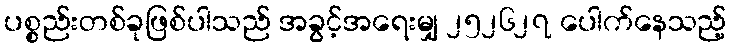
ပစ္စည်းတစ်ခုဖြစ်ပါသည် အခွင့်အရေးမျှ ၂၅၂၆၂၇ ပေါက်နေသည့်